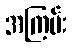
အကြမ်း